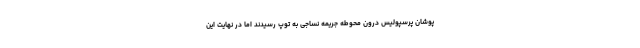
پوشان پرسپولیس درون محوطه جریمه نساجی به توپ رسیدند اما در نهایت این